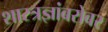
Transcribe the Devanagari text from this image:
शास्त्रज्ञांबरोबर